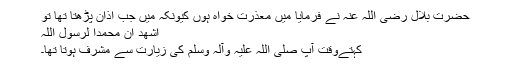
حضرت بلال رضی اللہ عنہ نے فرمایا میں معذرت خواہ ہوں کیونکہ میں جب اذان پڑھتا تھا تو
اشھد ان محمدا لرسول اللہ
کہتےوقت آپ صلی اللہ علیہ وآلہ وسلم کی زیارت سے مشرف ہوتا تھا۔